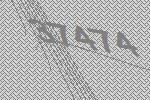
37474